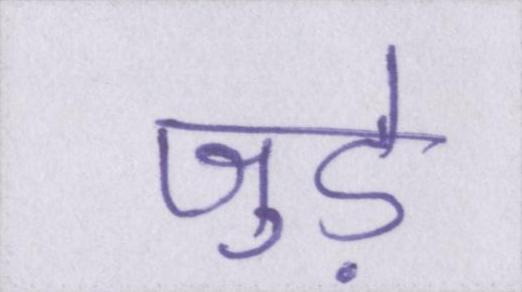
जुडे़